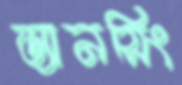
ড্যানসিং